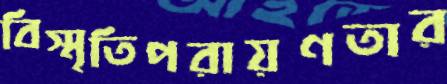
বিস্মৃতিপরায়ণতার